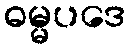
ဓမ္မပဒေ